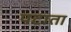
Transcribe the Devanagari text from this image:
पटाता